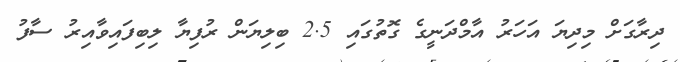
ދިރާގަށް މިދިޔަ އަހަރު އާމްދަނީގެ ގޮތުގައި 2.5 ބިލިޔަން ރުފިޔާ ލިބިފައިވާއިރު ސާފު